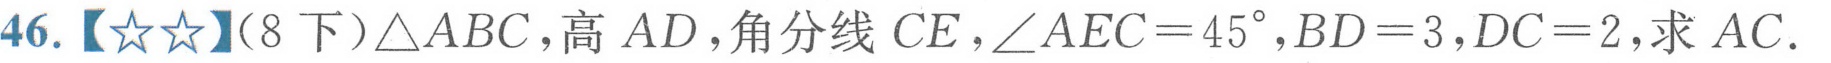
46.【★★】（8 下）\(\triangle ABC\)，高 \(AD\)，角分线 \(CE\)，\(\angle AEC = 45^{\circ}\)，\(BD = 3\)，\(DC = 2\)，求 \(AC\)．